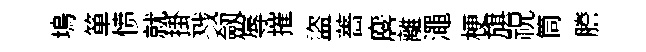
塢箪愤就掛戮劔辱摧盜薔麐離澠梗旗祝筒謄